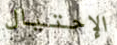
الإحتيال